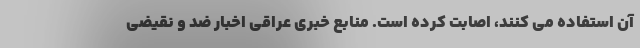
آن استفاده می کنند، اصابت کرده است. منابع خبری عراقی اخبار ضد و نقیضی